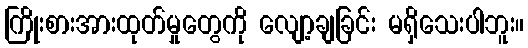
ကြိုးစားအားထုတ်မှုတွေကို လျော့ချခြင်း မရှိသေးပါဘူး။